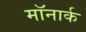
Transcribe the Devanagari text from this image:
मॉनार्क